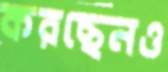
করছেনও